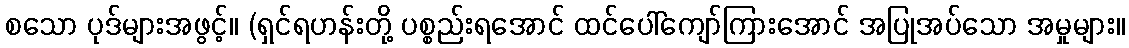
စသော ပုဒ်များအဖွင့်။ (ရှင်ရဟန်းတို့ ပစ္စည်းရအောင် ထင်ပေါ်ကျော်ကြားအောင် အပြုအပ်သော အမှုများ။